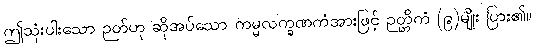
ဤသုံးပါးသော ဉတ်ဟု ဆိုအပ်သော ကမ္မလက္ခဏကံအားဖြင့် ဉတ္တိကံ (၉)မျိုး ပြား၏။